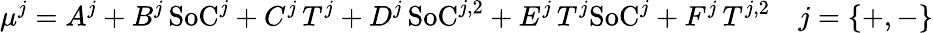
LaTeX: \mu^{j}=A^{j}+B^{j}\, \textrm{SoC}^{j}+C^{j}\, T^{j}+D^{j}\, \textrm{SoC}^{j,2}+E^{j}\, T^{j}\textrm{SoC}^{j}+F^{j}\, T^{j,2}\quad j=\{ +,-\}